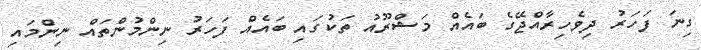
ގިނަ ފަހަރު ދިވެހިރާއްޖޭގެ ބައެއް މަޝްރޫއު ތަކުގައި ބައެއް ފަހަރު ނިންމުންތައް ނިންމައި